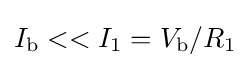
I_{\text{b}}<<I_{1}=V_{\text{b}}/R_{1}